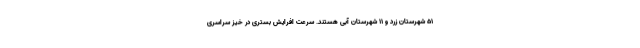
۵۱ شهرستان زرد و ۱۱ شهرستان آبی هستند. سرعت افرایش بستری در خیز سراسری